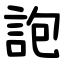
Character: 䛌